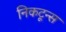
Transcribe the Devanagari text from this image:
निकटून्स